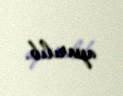
aparılıb.